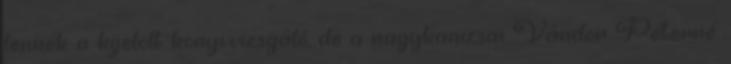
lennék a kijelölt könyvvizsgáló, de a nagykanizsai Vándor Péterné,